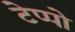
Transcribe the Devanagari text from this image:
टेप्पो